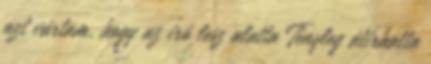
azt vártam, hogy az író lesz alatta Tényleg átírhatta